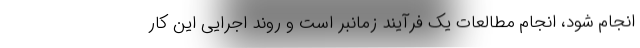
انجام شود، انجام مطالعات یک فرآیند زمانبر است و روند اجرایی این کار